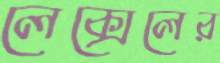
লেক্সেলের